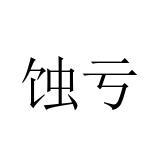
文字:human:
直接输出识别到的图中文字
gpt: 蚀亏